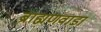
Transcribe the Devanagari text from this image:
ब्राह्मणवाडा